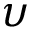
\upsilon